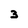
Character: 3